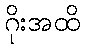
ဂိုးအထိ